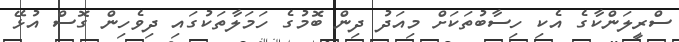
ސްރީލަންކާގެ އެކި ހިސާބުތަކަށް މިއަދު ދިން ބޮމުގެ ހަމަލާތަކުގައި ދިވެހިން ގޮސް އުޅޭ